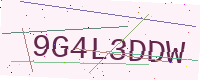
Text: 9G4L3DDW